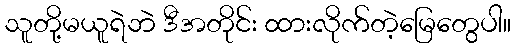
သူတို့မယူရဲဘဲ ဒီအတိုင်း ထားလိုက်တဲ့မြေတွေပါ။